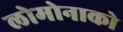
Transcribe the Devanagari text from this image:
लोमोनाको